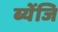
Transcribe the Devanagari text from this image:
ब्येंजि